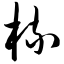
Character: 梳